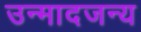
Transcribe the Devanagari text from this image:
उन्मादजन्य